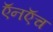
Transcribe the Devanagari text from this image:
ऍनऍच